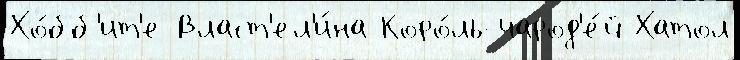
Хо́бб'ит'е Власт'ел'и́на Коро́ль-чарод'е́й Хатол